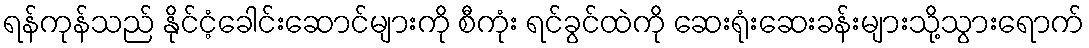
ရန်ကုန်သည် နိုင်ငံ့ခေါင်းဆောင်များကို စီကုံး ရင်ခွင်ထဲကို ဆေးရုံးဆေးခန်းများသို့သွားရောက်